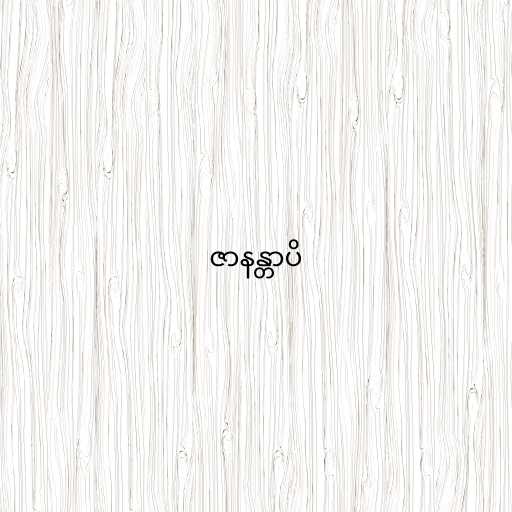
ဇာနန္တာပိ